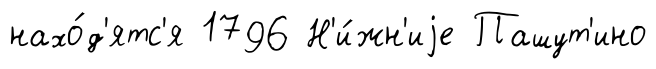
нахо́д'ятс'я 1796 Н'и́жн'иjе Пашут'ино